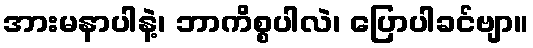
အားမနာပါနဲ့၊ ဘာကိစ္စပါလဲ၊ ပြောပါခင်ဗျာ။